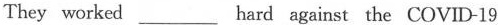
They worked ___ hard against the COVID-19